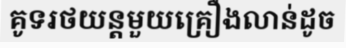
គូទរថយន្តមួយគ្រឿងលាន់ដូច